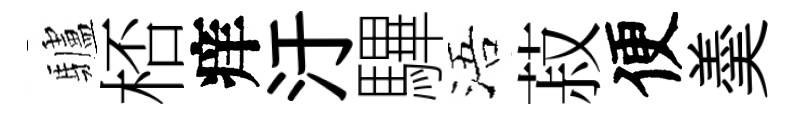
驢桮痒汙驆浯菽便羮